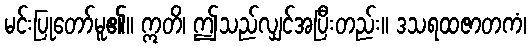
မင်းပြုတော်မူ၏။ ဣတိ၊ ဤသည်လျှင်အပြီးတည်း။ ဒသရထဇာတကံ၊